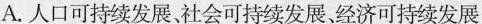
A.人口可持续发展、社会可持续发展、经济可持续发展